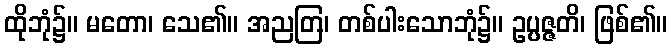
ထိုဘုံ၌။ မတော၊ သေ၏။ အညတြ၊ တစ်ပါးသောဘုံ၌။ ဥပ္ပဇ္ဇတိ၊ ဖြစ်၏။